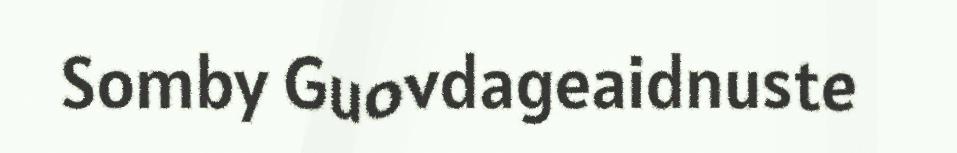
Somby Guovdageaidnuste